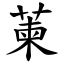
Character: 萰